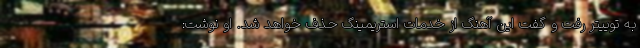
به توییتر رفت و گفت این آهنگ از خدمات استریمینگ حذف خواهد شد. او نوشت: